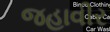
જહાવીર